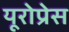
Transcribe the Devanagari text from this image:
यूरोप्रेस